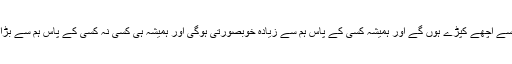
ہمیشہ کسی کے پاس ہم سے اچھے کپڑے ہوں گے اور ہمیشہ کسی کے پاس ہم سے زیادہ خوبصورتی ہوگی اور ہمیشہ ہی کسی نہ کسی کے پاس ہم سے بڑا مکان یا پیسے ہوں گے۔